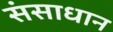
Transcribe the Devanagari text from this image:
संसाधान